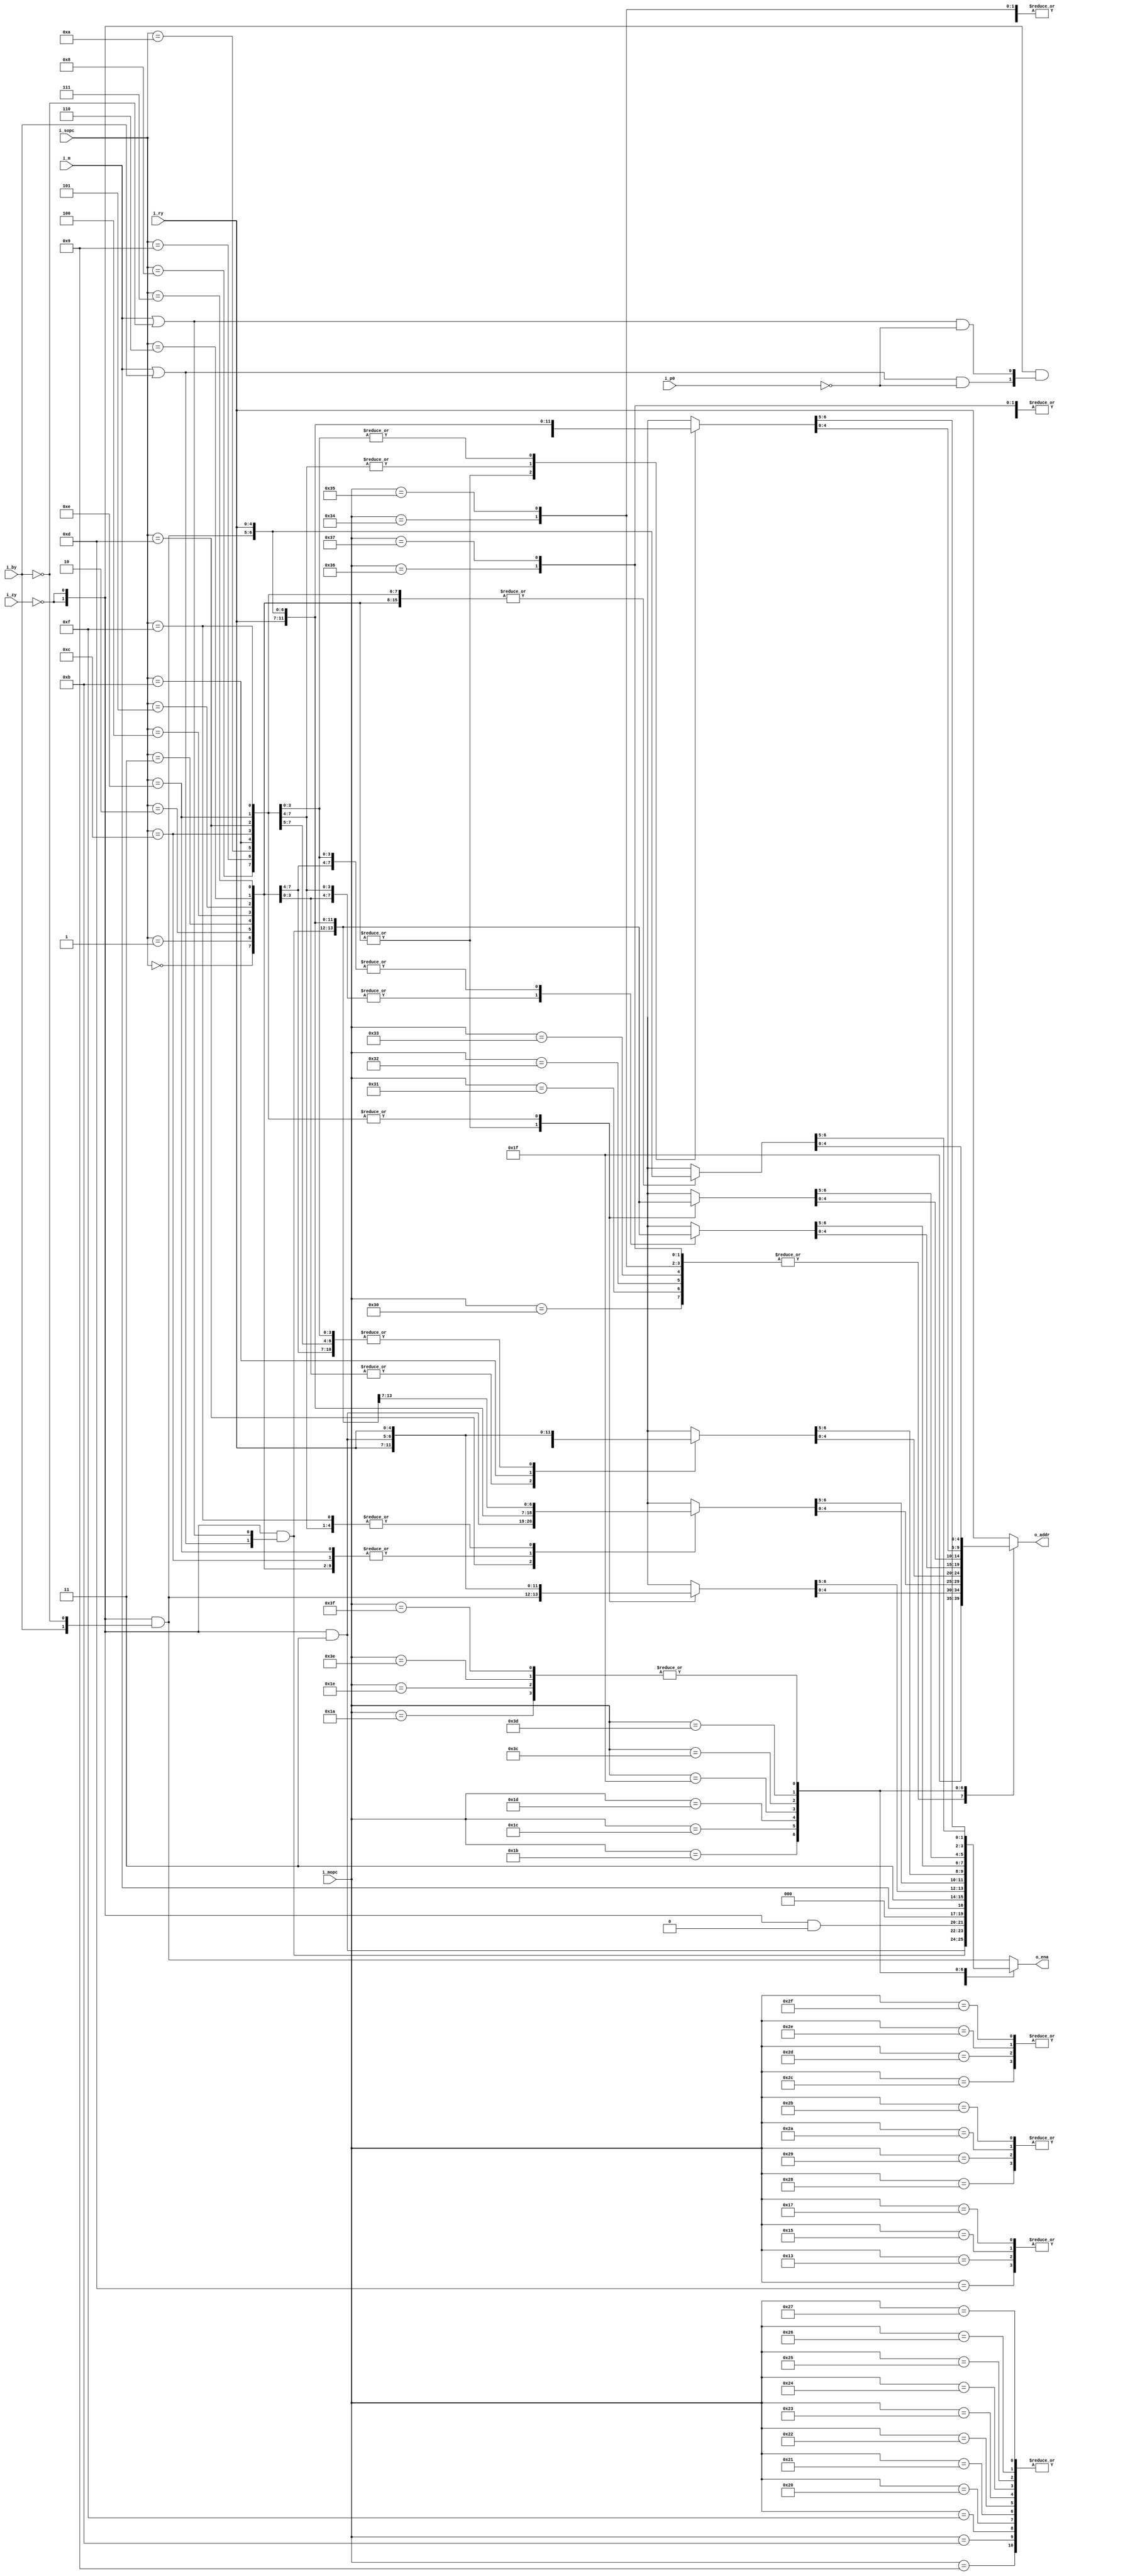
//=============================================================================
//    Main contributors
//      - Adam Luczak         <mailto:adam.luczak@outlook.com>
//=============================================================================
`default_nettype none
//-----------------------------------------------------------------------------
`timescale 1ns / 1ns                            
//=============================================================================
module eco32_core_idu_ryt
(
 input  wire     [5:0]  i_mopc, 
 input  wire     [3:0]  i_sopc, 
 input  wire            i_m,    
 input  wire            i_p0,   
 
 input  wire     [4:0]  i_ry,   
 input  wire            i_by,   
 input  wire            i_zy,   
 
 output  wire    [1:0]  o_ena,  
 output  wire    [4:0]  o_addr  
);
//==============================================================================================
// variables
//==============================================================================================
reg  [4:0]  addr;
reg  [1:0]  ena;                               
//----------------------------------------------------------------------------------------------
wire        i_ry_zero   =   i_zy;
//==============================================================================================
// mapping table for r1 pipe 
//==============================================================================================
always@(*)
    casex(i_mopc)                                           
    6'h00:          {ena,addr}   =  {   {2{!i_ry_zero}} & {    i_by,    !i_by},               i_ry}; // sub/add
    6'h01:          {ena,addr}   =  {   {2{!i_ry_zero}} & {    i_by,    !i_by},               i_ry}; // dec.cc/inc.cc
    6'h02:          {ena,addr}   =  {   {2{!i_ry_zero}} & {    i_by,    !i_by},               i_ry}; // subcc/addcc
    6'h03:          {ena,addr}   =  {   {2{!i_ry_zero}} & {    i_by,    !i_by},               i_ry}; // subucc/adducc

    6'h04:          {ena,addr}   =  {   {2{!i_ry_zero}} & {    i_by,    !i_by},               i_ry}; // and/andhi
    6'h05:          {ena,addr}   =  {   {2{!i_ry_zero}} & {    i_by,    !i_by},               i_ry}; // or/orhi
    6'h06:          {ena,addr}   =  {   {2{!i_ry_zero}} & {    i_by,    !i_by},               i_ry}; // xor/xorhi
    6'h07:          {ena,addr}   =  {   {2{!i_ry_zero}} & {    i_by,    !i_by},               i_ry}; // andcc/andcchi

    6'h08:          {ena,addr}   =  {   {2{!i_ry_zero}} & {    i_by,    !i_by},               i_ry}; // (f)min,(f)max/(f)minmax  
    6'h09:          {ena,addr}   =  {   {2{!i_ry_zero}} & {i_m|i_by,i_m|!i_by},               i_ry}; // sel.cc                   sel.cc.ab        
    6'h0A:          {ena,addr}   =  {   {2{!i_ry_zero}} & {    i_by,    !i_by},               i_ry}; // -/-      
    6'h0B:          {ena,addr}   =  {   {2{!i_ry_zero}} & {i_m|i_by,i_m|!i_by},               i_ry}; // ld.cc                    ld.cc.ab    
                                                                                           
    6'h0C:          {ena,addr}   =  {   {2{!i_ry_zero}} & {    i_by,    !i_by},               i_ry}; // mul16l   (r,r,imm),      mul32l   (r,r,imm)        
    6'h0D:          {ena,addr}   =  {   {2{!i_ry_zero}} & {    1'b1,     1'b1},               i_ry}; // -                 ,      mul32hl  (a:b,r,imm)      
    6'h0E:          {ena,addr}   =  {   {2{!i_ry_zero}} & {    i_by,    !i_by},               i_ry}; // mulf16   (r,r,imm),      mulf32   (r,r,imm)        
    6'h0F:          {ena,addr}   =  {   {2{!i_ry_zero}} & {i_m|i_by,i_m|!i_by},               i_ry}; // div32l   (r,r,imm),      div32hl  (a:b,r,imm)      
                                                                                                                                                   
    6'h10:          {ena,addr}   =  {   {2{!i_ry_zero}} & {    i_by,    !i_by},               i_ry}; // fsub     (r,r,imm),      fadd     (r,r,imm)        
    6'h11:          {ena,addr}   =  {   {2{!i_ry_zero}} & {    i_by,    !i_by},               i_ry}; // fmul     (r,r,imm),      fdiv     (r,r,imm)        
    6'h12:          {ena,addr}   =  {   {2{!i_ry_zero}} & {    i_by,    !i_by},               i_ry}; // fmulsub  (r,r,r,a:b),    fmuladd  (r,r,r,a:b)      
    6'h13:          {ena,addr}   =  {   {2{!i_ry_zero}} & {    1'b1,     1'b1},               i_ry}; // fmul.ab  (a:b,r,r,a:b),  -                         
                                                                                                                                                   
    6'h14:          {ena,addr}   =  {   {2{!i_ry_zero}} & {    i_by,    !i_by},               i_ry}; // mul16sub (r,r,r,a:b),    mul16add (r,r,r,a:b)      
    6'h15:          {ena,addr}   =  {   {2{!i_ry_zero}} & {    1'b1,     1'b1},               i_ry}; // mul16.ab (a:b,r,r,a:b),  mul32.ab (a:b,r,r,a:b)    
    6'h16:          {ena,addr}   =  {   {2{!i_ry_zero}} & {    i_by,    !i_by},               i_ry}; // mulf16sub(r,r,r,a:b),    mulf16add(r,r,r,a:b)      
    6'h17:          {ena,addr}   =  {   {2{!i_ry_zero}} & {    1'b1,     1'b1},               i_ry}; // mulf16.ab(a:b,r,r,a:b),  mulf32.ab(a:b,r,r,a:b)    
                                                                                                                                                   
    6'h18:          {ena,addr}   =  {   {2{!i_ry_zero}} & {    i_by,    !i_by},               i_ry}; // lea      (r,r,r,r),      -                         
    6'h19:          {ena,addr}   =  {   {2{!i_ry_zero}} & {    i_by,    !i_by},               i_ry}; // leai     (r,a:b,imm),    -                         
//  6'h1A:          subopcode S0                     
//  6'h1B:          subopcode S1                     

//  6'h1C:          subopcode I0
//  6'h1D:          subopcode I1
//  6'h1E:          subopcode F0
//  6'h1F:          subopcode F1

    6'h20:          {ena,addr}   =  {   {2{!i_ry_zero}} & {i_m|i_by,i_m|!i_by},               i_ry}; // ld.ub(r+o)/ld.ub.ab(r+o)
    6'h21:          {ena,addr}   =  {   {2{!i_ry_zero}} & {i_m|i_by,i_m|!i_by},               i_ry}; // ld.uh(r+o)/ld.uh.ab(r+o)
    6'h22:          {ena,addr}   =  {   {2{!i_ry_zero}} & {i_m|i_by,i_m|!i_by},               i_ry}; // ld.uw(r+o)/ld.uw.ab(r+o)
    6'h23:          {ena,addr}   =  {   {2{!i_ry_zero}} & {i_m|i_by,i_m|!i_by},               i_ry}; // ld.d(r+o) /ld.d.ab(r+o)
              
    6'h24:          {ena,addr}   =  {   {2{!i_ry_zero}} & {i_m|i_by,i_m|!i_by},               i_ry}; // ld.sb(r+o)/ld.sb.ab(r+o)
    6'h25:          {ena,addr}   =  {   {2{!i_ry_zero}} & {i_m|i_by,i_m|!i_by},               i_ry}; // ld.sh(r+o)/ld.sh.ab(r+o)
    6'h26:          {ena,addr}   =  {   {2{!i_ry_zero}} & {i_m|i_by,i_m|!i_by},               i_ry}; // ld.sw(r+o)/ld.sw.ab(r+o)
    6'h27:          {ena,addr}   =  {   {2{!i_ry_zero}} & {i_m|i_by,i_m|!i_by},               i_ry}; // ld.d(r+o) /ld.d.ab(r+o)
            
    6'h28:          {ena,addr}   =  {   {2{!i_ry_zero}} & {    1'b0,     1'b0},               i_ry}; // st.b(r+o)/st.b.ab(r+o)
    6'h29:          {ena,addr}   =  {   {2{!i_ry_zero}} & {    1'b0,     1'b0},               i_ry}; // st.h(r+o)/st.h.ab(r+o)
    6'h2A:          {ena,addr}   =  {   {2{!i_ry_zero}} & {    1'b0,     1'b0},               i_ry}; // st.w(r+o)/st.w.ab(r+o)
    6'h2B:          {ena,addr}   =  {   {2{!i_ry_zero}} & {    1'b0,     1'b0},               i_ry}; // st.d(r+o)/st.d.ab(r+o) 
            
    6'h2C:          {ena,addr}   =  {                     {    1'b0,     1'b0},               i_ry}; // cupdate
    6'h2D:          {ena,addr}   =  {                     {    1'b0,     1'b0},               i_ry}; // store
    6'h2E:          {ena,addr}   =  {                     {    1'b0,     1'b0},               i_ry}; // load
    6'h2F:          {ena,addr}   =  {                     {    1'b0,     1'b0},               i_ry}; // flush

    6'h30:          {ena,addr}   =   {                    {    1'b0,      i_m},              5'h1F}; // jp.cc(r+r)/jpal.cc(r+r)      
    6'h31:          {ena,addr}   =   {                    {    1'b0,      i_m},              5'h1F}; // jr.cc(o)/jral.cc(o)          
    6'h32:          {ena,addr}   =   {                    {    1'b0,      i_m},              5'h1F}; // jp.cc(r+o)/jpal.cc(r+0)      
    6'h33:          {ena,addr}   =   {                    {    1'b1,     1'b1},              5'h1F}; // syscall.cc
                                                                                                                                     
    6'h34:          {ena,addr}   =   {                    {    1'b0,      i_m},              5'h1F}; // jp(a)/jpal(o)                
    6'h35:          {ena,addr}   =   {                    {    1'b0,      i_m},              5'h1F}; // jp(r+o)/jpal(r+0)            
    6'h36:          {ena,addr}   =   {                    {    1'b1,     1'b1},              5'h1F}; // syscall.cc                          
    6'h37:          {ena,addr}   =   {                    {    1'b1,     1'b1},              5'h1F}; // syscall

    6'h38:          {ena,addr}   =   {  {2{!i_ry_zero}} & {    i_by,    !i_by},               i_ry}; // ldi(imm)/ldihi(imm)
    6'h39:          {ena,addr}   =   {  {2{!i_ry_zero}} & {    i_by,    !i_by},               i_ry}; // lra(off)/lrahi(off)
//  6'h3A:          extension E0
//  6'h3B:          reserved

//  6'h3C:          subopcode M0
//  6'h3D:          subopcode M1
//  6'h3E:          reserved
//  6'h3F:          reserved

    //..........................................................................................
    6'h1A: // sub Opcode S0
    //..........................................................................................
    case(i_sopc)                                                                                                                                                               
        4'h0:      {ena,addr}   =  {    {2{!i_ry_zero}} & {    i_by,    !i_by},               i_ry}; // shll/shlr
        4'h1:      {ena,addr}   =  {    {2{!i_ry_zero}} & {    i_by,    !i_by},               i_ry}; // shel/shar
        4'h2:      {ena,addr}   =  {    {2{!i_ry_zero}} & {    i_by,    !i_by},               i_ry}; // shml/shmr
        4'h3:      {ena,addr}   =  {    {2{!i_ry_zero}} & {    i_by,    !i_by},               i_ry}; // rotl/rotr
    
        4'h4:      {ena,addr}   =  {    {2{!i_ry_zero}} & {    i_by,    !i_by},               i_ry}; // 
        4'h5:      {ena,addr}   =  {    {2{!i_ry_zero}} & {    i_by,    !i_by},               i_ry}; // 
        4'h6:      {ena,addr}   =  {    {2{!i_ry_zero}} & {    i_by,    !i_by},               i_ry}; // 
        4'h7:      {ena,addr}   =  {    {2{!i_ry_zero}} & {    i_by,    !i_by},               i_ry}; // 
        
        4'h8:      {ena,addr}   =  {    {2{!i_ry_zero}} & {    i_by,    !i_by},               i_ry}; // dsl
        4'h9:      {ena,addr}   =  {    {2{!i_ry_zero}} & {    i_by,    !i_by},               i_ry}; // 
        4'hA:      {ena,addr}   =  {    {2{!i_ry_zero}} & {    i_by,    !i_by},               i_ry}; // 
        4'hB:      {ena,addr}   =  {    {2{!i_ry_zero}} & {    i_by,    !i_by},               i_ry}; //
        
        4'hC:      {ena,addr}   =  {    {2{!i_ry_zero}} & {    i_by,    !i_by},               i_ry}; // clo/clz
        4'hD:      {ena,addr}   =  {    {2{!i_ry_zero}} & {    i_by,    !i_by},               i_ry}; // 
        4'hE:      {ena,addr}   =  {    {2{!i_ry_zero}} & {    i_by,    !i_by},               i_ry}; // 
        4'hF:      {ena,addr}   =  {    {2{!i_ry_zero}} & {    i_by,    !i_by},               i_ry}; // 
    endcase 

    //..........................................................................................
    6'h1B: // sub Opcode S1
    //..........................................................................................
    case(i_sopc)                                                                                                                                                               
        4'h0:      {ena,addr}   =  {    {2{!i_ry_zero}} & {    i_by,    !i_by},               i_ry}; // 
        4'h1:      {ena,addr}   =  {    {2{!i_ry_zero}} & {    i_by,    !i_by},               i_ry}; // 
        4'h2:      {ena,addr}   =  {    {2{!i_ry_zero}} & {    i_by,    !i_by},               i_ry}; // 
        4'h3:      {ena,addr}   =  {    {2{!i_ry_zero}} & {    i_by,    !i_by},               i_ry}; // 
                                                                                          
        4'h4:      {ena,addr}   =  {    {2{!i_ry_zero}} & {    i_by,    !i_by},               i_ry}; // 
        4'h5:      {ena,addr}   =  {    {2{!i_ry_zero}} & {    i_by,    !i_by},               i_ry}; // 
        4'h6:      {ena,addr}   =  {    {2{!i_ry_zero}} & {    i_by,    !i_by},               i_ry}; // 
        4'h7:      {ena,addr}   =  {    {2{!i_ry_zero}} & {    i_by,    !i_by},               i_ry}; // 
                                                                                          
        4'h8:      {ena,addr}   =  {    {2{!i_ry_zero}} & {    1'b1,     1'b1},               i_ry}; // dsl
        4'h9:      {ena,addr}   =  {    {2{!i_ry_zero}} & {    1'b1,     1'b1},               i_ry}; // 
        4'hA:      {ena,addr}   =  {    {2{!i_ry_zero}} & {    1'b1,     1'b1},               i_ry}; // 
        4'hB:      {ena,addr}   =  {    {2{!i_ry_zero}} & {    1'b1,     1'b1},               i_ry}; //
                                                                                          
        4'hC:      {ena,addr}   =  {    {2{!i_ry_zero}} & {    1'b1,     1'b1},               i_ry}; // clo/clz
        4'hD:      {ena,addr}   =  {    {2{!i_ry_zero}} & {    1'b1,     1'b1},               i_ry}; // 
        4'hE:      {ena,addr}   =  {    {2{!i_ry_zero}} & {    1'b1,     1'b1},               i_ry}; // 
        4'hF:      {ena,addr}   =  {    {2{!i_ry_zero}} & {    1'b1,     1'b1},               i_ry}; // 
    endcase 

    //..........................................................................................
    6'h1C: // sub Opcode I0
    //..........................................................................................
    case(i_sopc)                                                                                                                                                               
        4'h0:      {ena,addr}   =  {    {2{!i_ry_zero}} & {    i_by,    !i_by},               i_ry}; // sub/add
        4'h1:      {ena,addr}   =  {    {2{!i_ry_zero}} & {    i_by,    !i_by},               i_ry}; // dec/sub
        4'h2:      {ena,addr}   =  {    {2{!i_ry_zero}} & {    i_by,    !i_by},               i_ry}; // subcc/adduccc
        4'h3:      {ena,addr}   =  {    {2{!i_ry_zero}} & {    i_by,    !i_by},               i_ry}; // subucc/adducc
                                                                                          
        4'h4:      {ena,addr}   =  {    {2{!i_ry_zero}} & {    i_by,    !i_by},               i_ry}; // and
        4'h5:      {ena,addr}   =  {    {2{!i_ry_zero}} & {    i_by,    !i_by},               i_ry}; // or
        4'h6:      {ena,addr}   =  {    {2{!i_ry_zero}} & {    i_by,    !i_by},               i_ry}; // xor
        4'h7:      {ena,addr}   =  {    {2{!i_ry_zero}} & {    i_by,    !i_by},               i_ry}; // andcc
                                                                                          
        4'h8:      {ena,addr}   =  {    {2{!i_ry_zero}} & {i_m|i_by,i_m|!i_by},               i_ry}; // -
        4'h9:      {ena,addr}   =  {    {2{!i_ry_zero}} & {i_m|i_by,i_m|!i_by},               i_ry}; // abs     absabs
        4'hA:      {ena,addr}   =  {    {2{!i_ry_zero}} & {i_m|i_by,i_m|!i_by},               i_ry}; // -
        4'hB:      {ena,addr}   =  {    {2{!i_ry_zero}} & {i_m|i_by,i_m|!i_by},               i_ry}; // ld.cc               
                                                                                          
        4'hC:      {ena,addr}   =  {    {2{!i_ry_zero}} & {    i_by,    !i_by},               i_ry}; // mul16l   (r,r,r),        mul32l   (r,r,r)    
        4'hD:      {ena,addr}   =  {    {2{!i_ry_zero}} & {    1'b1,     1'b1},               i_ry}; // -               ,        mul32hl  (a:b,r,r)  
        4'hE:      {ena,addr}   =  {    {2{!i_ry_zero}} & {    i_by,    !i_by},               i_ry}; // mulf16   (r,r,r),        mulf32   (r,r,r)    
        4'hF:      {ena,addr}   =  {    {2{!i_ry_zero}} & {i_m|i_by,i_m|!i_by},               i_ry}; // div32l   (r,r,r),        div32hl  (a:b,r,r)  
    endcase 

    //..........................................................................................
    6'h1D: // sub Opcode I1
    //..........................................................................................
    case(i_sopc)                                                                                                                                                               
        4'h0:      {ena,addr}   =  {    {2{!i_ry_zero}} & {    1'b1,     1'b1},               i_ry}; // addadd/addsub
        4'h1:      {ena,addr}   =  {    {2{!i_ry_zero}} & {    1'b1,     1'b1},               i_ry}; // 
        4'h2:      {ena,addr}   =  {    {2{!i_ry_zero}} & {    1'b1,     1'b1},               i_ry}; // 
        4'h3:      {ena,addr}   =  {    {2{!i_ry_zero}} & {    1'b1,     1'b1},               i_ry}; // 
                                                                                          
        4'h4:      {ena,addr}   =  {    {2{!i_ry_zero}} & {    i_by,    !i_by},               i_ry}; // 
        4'h5:      {ena,addr}   =  {    {2{!i_ry_zero}} & {    i_by,    !i_by},               i_ry}; // 
        4'h6:      {ena,addr}   =  {    {2{!i_ry_zero}} & {    i_by,    !i_by},               i_ry}; // 
        4'h7:      {ena,addr}   =  {    {2{!i_ry_zero}} & {    i_by,    !i_by},               i_ry}; // 
                                                                                          
        4'h8:      {ena,addr}   =  {    {2{!i_ry_zero}} & {    1'b1,     1'b1},               i_ry}; // 
        4'h9:      {ena,addr}   =  {    {2{!i_ry_zero}} & {    1'b1,     1'b1},               i_ry}; // 
        4'hA:      {ena,addr}   =  {    {2{!i_ry_zero}} & {    1'b1,     1'b1},               i_ry}; // 
        4'hB:      {ena,addr}   =  {    {2{!i_ry_zero}} & {(i_m|i_by)&!i_p0,(i_m|!i_by)&!i_p0},i_ry}; // ld.cc  (y,cr)
                                                                                          
        4'hC:      {ena,addr}   =  {    {2{!i_ry_zero}} & {    1'b1,     1'b1},               i_ry}; // 
        4'hD:      {ena,addr}   =  {    {2{!i_ry_zero}} & {    1'b1,     1'b1},               i_ry}; // 
        4'hE:      {ena,addr}   =  {    {2{!i_ry_zero}} & {    1'b1,     1'b1},               i_ry}; // 
        4'hF:      {ena,addr}   =  {    {2{!i_ry_zero}} & {    1'b1,     1'b1},               i_ry}; // 
    endcase 
    
    //..........................................................................................
    6'h1E: // sub Opcode F0
    //..........................................................................................
    case(i_sopc)                                                                                                                                                               
        4'h0:      {ena,addr}   =  {    {2{!i_ry_zero}} & {    i_by,    !i_by},               i_ry}; // fsub     (r,r,r),        fadd     (r,r,r)    
        4'h1:      {ena,addr}   =  {    {2{!i_ry_zero}} & {    i_by,    !i_by},               i_ry}; // fmul     (r,r,r),        fdiv     (r,r,r)    
        4'h2:      {ena,addr}   =  {    {2{!i_ry_zero}} & {    i_by,    !i_by},               i_ry}; // -                        -                   
        4'h3:      {ena,addr}   =  {    {2{!i_ry_zero}} & {    i_by,    !i_by},               i_ry}; // -                        -                   
                                                                                                                                             
        4'h4:      {ena,addr}   =  {    {2{!i_ry_zero}} & {    i_by,    !i_by},               i_ry}; // fsin/fcos(r,r),          ftan/fatan(r,r)     
        4'h5:      {ena,addr}   =  {    {2{!i_ry_zero}} & {    i_by,    !i_by},               i_ry}; // flog     (r,r),          fexp     (r,r)      
        4'h6:      {ena,addr}   =  {    {2{!i_ry_zero}} & {    i_by,    !i_by},               i_ry}; // -                        -                   
        4'h7:      {ena,addr}   =  {    {2{!i_ry_zero}} & {    i_by,    !i_by},               i_ry}; // fsqrt    (r,r),          f1x      (r,r)      
                                                                                                                                             
        4'h8:      {ena,addr}   =  {    {2{!i_ry_zero}} & {    i_by,    !i_by},               i_ry}; // ftoi/itof(r,r),          -                   
        4'h9:      {ena,addr}   =  {    {2{!i_ry_zero}} & {    i_by,    !i_by},               i_ry}; // ftrunc/frounf(r,r),      ffloor/fceil(r,r)   
        4'hA:      {ena,addr}   =  {    {2{!i_ry_zero}} & {    i_by,    !i_by},               i_ry}; // -                        -                   
        4'hB:      {ena,addr}   =  {    {2{!i_ry_zero}} & {    i_by,    !i_by},               i_ry}; // -                        -                   
                                                                                                                                             
        4'hC:      {ena,addr}   =  {    {2{!i_ry_zero}} & {    i_by,    !i_by},               i_ry}; // -                        -                   
        4'hD:      {ena,addr}   =  {    {2{!i_ry_zero}} & {    i_by,    !i_by},               i_ry}; // fabs/fneg(r,r),          -   
        4'hE:      {ena,addr}   =  {    {2{!i_ry_zero}} & {    i_by,    !i_by},               i_ry}; // -                        -                   
        4'hF:      {ena,addr}   =  {    {2{!i_ry_zero}} & {    i_by,    !i_by},               i_ry}; // -                        -                   
    endcase 

    //..........................................................................................
    6'h1F: // sub Opcode X0
    //..........................................................................................
    case(i_sopc)                                                                                                                                                               
        4'h0:      {ena,addr}   =  {    {2{!i_ry_zero}} & {    i_by,    !i_by},               i_ry}; // sad
        4'h1:      {ena,addr}   =  {    {2{!i_ry_zero}} & {    i_by,    !i_by},               i_ry}; // -                        -   
        4'h2:      {ena,addr}   =  {    {2{!i_ry_zero}} & {    i_by,    !i_by},               i_ry}; // -                        -   
        4'h3:      {ena,addr}   =  {    {2{!i_ry_zero}} & {    i_by,    !i_by},               i_ry}; // -                        -   
                                                                                                                             
        4'h4:      {ena,addr}   =  {    {2{!i_ry_zero}} & {i_m|i_by,i_m|!i_by},               i_ry}; // bswap / bswap.ab
        4'h5:      {ena,addr}   =  {    {2{!i_ry_zero}} & {i_m|i_by,i_m|!i_by},               i_ry}; // -                        -   
        4'h6:      {ena,addr}   =  {    {2{!i_ry_zero}} & {i_m|i_by,i_m|!i_by},               i_ry}; // -                        -   
        4'h7:      {ena,addr}   =  {    {2{!i_ry_zero}} & {i_m|i_by,i_m|!i_by},               i_ry}; // -                        -   
                                                                                                                             
        4'h8:      {ena,addr}   =  {    {2{!i_ry_zero}} & {i_m|i_by,i_m|!i_by},               i_ry}; // min/max/
        4'h9:      {ena,addr}   =  {    {2{!i_ry_zero}} & {i_m|i_by,i_m|!i_by},               i_ry}; // -                        -   
        4'hA:      {ena,addr}   =  {    {2{!i_ry_zero}} & {i_m|i_by,i_m|!i_by},               i_ry}; // -                        -   
        4'hB:      {ena,addr}   =  {    {2{!i_ry_zero}} & {i_m|i_by,i_m|!i_by},               i_ry}; // -                        -   
                                                                                                                             
        4'hC:      {ena,addr}   =  {    {2{!i_ry_zero}} & {    i_by,    !i_by},               i_ry}; // -                        -   
        4'hD:      {ena,addr}   =  {    {2{!i_ry_zero}} & {    i_by,    !i_by},               i_ry}; // -                        -   
        4'hE:      {ena,addr}   =  {    {2{!i_ry_zero}} & {    i_by,    !i_by},               i_ry}; // -                        -   
        4'hF:      {ena,addr}   =  {    {2{!i_ry_zero}} & {    i_by,    !i_by},               i_ry}; // -                        -   
    endcase 
    
    //..........................................................................................
    6'h3C: // sub Opcode M0
    //..........................................................................................
    case(i_sopc)                                                                                                                                                               
        4'h0:      {ena,addr}   =  {    {2{!i_ry_zero}} & {i_m|i_by,i_m|!i_by},               i_ry}; // ld.ub(r+r)/ld.ub.ab(r+r)
        4'h1:      {ena,addr}   =  {    {2{!i_ry_zero}} & {i_m|i_by,i_m|!i_by},               i_ry}; // ld.uh(r+r)/ld.uh.ab(r+r)
        4'h2:      {ena,addr}   =  {    {2{!i_ry_zero}} & {i_m|i_by,i_m|!i_by},               i_ry}; // ld.uw(r+r)/ld.uw.ab(r+r)
        4'h3:      {ena,addr}   =  {    {2{!i_ry_zero}} & {i_m|i_by,i_m|!i_by},               i_ry}; // ld.d(r+r) /ld.d.ab(r+r)
                                                                                          
        4'h4:      {ena,addr}   =  {    {2{!i_ry_zero}} & {i_m|i_by,i_m|!i_by},               i_ry}; // ld.sb(r+r)/ld.sb.ab(r+r)
        4'h5:      {ena,addr}   =  {    {2{!i_ry_zero}} & {i_m|i_by,i_m|!i_by},               i_ry}; // ld.sh(r+r)/ld.sh.ab(r+r)
        4'h6:      {ena,addr}   =  {    {2{!i_ry_zero}} & {i_m|i_by,i_m|!i_by},               i_ry}; // ld.sw(r+r)/ld.sw.ab(r+r)
        4'h7:      {ena,addr}   =  {    {2{!i_ry_zero}} & {i_m|i_by,i_m|!i_by},               i_ry}; // ld.d(r+r) /ld.d.ab(r+r)
                                                                                          
        4'h8:      {ena,addr}   =  {    {2{!i_ry_zero}} & {    i_by,    !i_by},               i_ry}; // st.b(r+r)/st.b.ab(r+r)
        4'h9:      {ena,addr}   =  {    {2{!i_ry_zero}} & {    i_by,    !i_by},               i_ry}; // st.h(r+r)/st.h.ab(r+r)
        4'hA:      {ena,addr}   =  {    {2{!i_ry_zero}} & {    i_by,    !i_by},               i_ry}; // st.w(r+r)/st.w.ab(r+r)
        4'hB:      {ena,addr}   =  {    {2{!i_ry_zero}} & {    i_by,    !i_by},               i_ry}; // st.d(r+r)/st.d.ab(r+r) 
                                                                                          
        4'hC:      {ena,addr}   =  {    {2{!i_ry_zero}} & {    i_by,    !i_by},               i_ry}; // 
        4'hD:      {ena,addr}   =  {    {2{!i_ry_zero}} & {    i_by,    !i_by},               i_ry}; // 
        4'hE:      {ena,addr}   =  {    {2{!i_ry_zero}} & {    i_by,    !i_by},               i_ry}; // 
        4'hF:      {ena,addr}   =  {    {2{!i_ry_zero}} & {    i_by,    !i_by},               i_ry}; // 
    endcase 

    //..........................................................................................
    6'h3D: // sub Opcode M1
    //..........................................................................................
    case(i_sopc)                                                                                                                                                               
        4'h0:      {ena,addr}   =  {    {2{!i_ry_zero}} & {i_m|i_by,i_m|!i_by},               i_ry}; // ld.ub(r)/ld.ub.ab(r)
        4'h1:      {ena,addr}   =  {    {2{!i_ry_zero}} & {i_m|i_by,i_m|!i_by},               i_ry}; // ld.uh(r)/ld.uh.ab(r)
        4'h2:      {ena,addr}   =  {    {2{!i_ry_zero}} & {i_m|i_by,i_m|!i_by},               i_ry}; // ld.uw(r)/ld.uw.ab(r)
        4'h3:      {ena,addr}   =  {    {2{!i_ry_zero}} & {i_m|i_by,i_m|!i_by},               i_ry}; // ld.d(r) /ld.d.ab(r)
                                                                                          
        4'h4:      {ena,addr}   =  {    {2{!i_ry_zero}} & {i_m|i_by,i_m|!i_by},               i_ry}; // ld.sb(r)/ld.sb.ab(r)
        4'h5:      {ena,addr}   =  {    {2{!i_ry_zero}} & {i_m|i_by,i_m|!i_by},               i_ry}; // ld.sh(r)/ld.sh.ab(r)
        4'h6:      {ena,addr}   =  {    {2{!i_ry_zero}} & {i_m|i_by,i_m|!i_by},               i_ry}; // ld.sw(r)/ld.sw.ab(r)
        4'h7:      {ena,addr}   =  {    {2{!i_ry_zero}} & {i_m|i_by,i_m|!i_by},               i_ry}; // ld.d(r) /ld.d.ab(r)
                                                                                          
        4'h8:      {ena,addr}   =  {    {2{!i_ry_zero}} & {    1'b0,     1'b0},               i_ry}; // st.b(r)/st.b.ab(r)
        4'h9:      {ena,addr}   =  {    {2{!i_ry_zero}} & {    1'b0,     1'b0},               i_ry}; // st.h(r)/st.h.ab(r)
        4'hA:      {ena,addr}   =  {    {2{!i_ry_zero}} & {    1'b0,     1'b0},               i_ry}; // st.w(r)/st.w.ab(r)
        4'hB:      {ena,addr}   =  {    {2{!i_ry_zero}} & {    1'b0,     1'b0},               i_ry}; // st.d(r)/st.d.ab(r) 
                                                                                          
        4'hC:      {ena,addr}   =  {    {2{!i_ry_zero}} & {    i_by,    !i_by},               i_ry}; // 
        4'hD:      {ena,addr}   =  {    {2{!i_ry_zero}} & {    i_by,    !i_by},               i_ry}; // 
        4'hE:      {ena,addr}   =  {    {2{!i_ry_zero}} & {    i_by,    !i_by},               i_ry}; // 
        4'hF:      {ena,addr}   =  {    {2{!i_ry_zero}} & {    i_by,    !i_by},               i_ry}; // 
    endcase 

    //..........................................................................................
    6'h3E: // sub Opcode M2
    //..........................................................................................
    case(i_sopc)                                                                                                                                                               
        4'h0:      {ena,addr}   =  {    {2{!i_ry_zero}} & {    i_by,    !i_by},               i_ry}; // 
        4'h1:      {ena,addr}   =  {    {2{!i_ry_zero}} & {    i_by,    !i_by},               i_ry}; // 
        4'h2:      {ena,addr}   =  {    {2{!i_ry_zero}} & {    i_by,    !i_by},               i_ry}; // 
        4'h3:      {ena,addr}   =  {    {2{!i_ry_zero}} & {    i_by,    !i_by},               i_ry}; // 
                                                                                          
        4'h4:      {ena,addr}   =  {    {2{!i_ry_zero}} & {    i_by,    !i_by},               i_ry}; // 
        4'h5:      {ena,addr}   =  {    {2{!i_ry_zero}} & {    i_by,    !i_by},               i_ry}; // 
        4'h6:      {ena,addr}   =  {    {2{!i_ry_zero}} & {    i_by,    !i_by},               i_ry}; // 
        4'h7:      {ena,addr}   =  {    {2{!i_ry_zero}} & {    i_by,    !i_by},               i_ry}; // 
                                                                                          
        4'h8:      {ena,addr}   =  {    {2{!i_ry_zero}} & {    i_by,    !i_by},               i_ry}; // 
        4'h9:      {ena,addr}   =  {    {2{!i_ry_zero}} & {    i_by,    !i_by},               i_ry}; // 
        4'hA:      {ena,addr}   =  {    {2{!i_ry_zero}} & {    i_by,    !i_by},               i_ry}; // 
        4'hB:      {ena,addr}   =  {    {2{!i_ry_zero}} & {    i_by,    !i_by},               i_ry}; // 
                                                                                          
        4'hC:      {ena,addr}   =  {    {2{!i_ry_zero}} & {    i_by,    !i_by},               i_ry}; // 
        4'hD:      {ena,addr}   =  {    {2{!i_ry_zero}} & {    i_by,    !i_by},               i_ry}; // 
        4'hE:      {ena,addr}   =  {    {2{!i_ry_zero}} & {    i_by,    !i_by},               i_ry}; // 
        4'hF:      {ena,addr}   =  {    {2{!i_ry_zero}} & {    i_by,    !i_by},               i_ry}; // 
    endcase 

    //..........................................................................................
    6'h3F: // sub Opcode M3
    //..........................................................................................
    case(i_sopc)                                                                                                                                                               
        4'h0:      {ena,addr}   =  {    {2{!i_ry_zero}} & {    i_by,    !i_by},               i_ry}; // 
        4'h1:      {ena,addr}   =  {    {2{!i_ry_zero}} & {    i_by,    !i_by},               i_ry}; // 
        4'h2:      {ena,addr}   =  {    {2{!i_ry_zero}} & {    i_by,    !i_by},               i_ry}; // 
        4'h3:      {ena,addr}   =  {    {2{!i_ry_zero}} & {    i_by,    !i_by},               i_ry}; // 
                                                                                          
        4'h4:      {ena,addr}   =  {    {2{!i_ry_zero}} & {    i_by,    !i_by},               i_ry}; // 
        4'h5:      {ena,addr}   =  {    {2{!i_ry_zero}} & {    i_by,    !i_by},               i_ry}; // 
        4'h6:      {ena,addr}   =  {    {2{!i_ry_zero}} & {    i_by,    !i_by},               i_ry}; // 
        4'h7:      {ena,addr}   =  {    {2{!i_ry_zero}} & {    i_by,    !i_by},               i_ry}; // 
                                                                                          
        4'h8:      {ena,addr}   =  {    {2{!i_ry_zero}} & {    i_by,    !i_by},               i_ry}; // 
        4'h9:      {ena,addr}   =  {    {2{!i_ry_zero}} & {    i_by,    !i_by},               i_ry}; // 
        4'hA:      {ena,addr}   =  {    {2{!i_ry_zero}} & {    i_by,    !i_by},               i_ry}; // 
        4'hB:      {ena,addr}   =  {    {2{!i_ry_zero}} & {    i_by,    !i_by},               i_ry}; // 
                                                                                          
        4'hC:      {ena,addr}   =  {    {2{!i_ry_zero}} & {    i_by,    !i_by},               i_ry}; // 
        4'hD:      {ena,addr}   =  {    {2{!i_ry_zero}} & {    i_by,    !i_by},               i_ry}; // 
        4'hE:      {ena,addr}   =  {    {2{!i_ry_zero}} & {    i_by,    !i_by},               i_ry}; // 
        4'hF:      {ena,addr}   =  {    {2{!i_ry_zero}} & {    i_by,    !i_by},               i_ry}; // 
    endcase 
    
    default:       {ena,addr}   =  {    {2{!i_ry_zero}} & {    i_by,    !i_by},               i_ry};
    endcase   
//==============================================================================================
// output
//==============================================================================================
assign      o_ena       =                                                                   ena;
assign      o_addr      =                                                                  addr;
//----------------------------------------------------------------------------------------------
endmodule